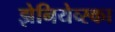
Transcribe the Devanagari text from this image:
झेनियेव्स्का